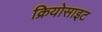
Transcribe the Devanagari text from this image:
क्रियोसाइट